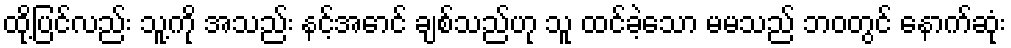
ထို့ပြင်လည်း သူ့ကို အသည်း နင့်အောင် ချစ်သည်ဟု သူ ထင်ခဲ့သော မမသည် ဘဝတွင် နောက်ဆုံး